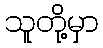
သူတို့မှာ